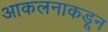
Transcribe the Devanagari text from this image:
आकलनाकडून